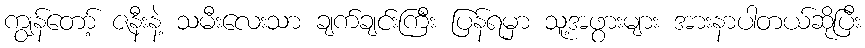
ကျွန်တော့် ဇနီးနဲ့ သမီးလေးသာ ချက်ချင်းကြီး ပြန်ရမှာ သူ့အဖွားများ အားနာပါတယ်ဆိုပြီး